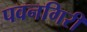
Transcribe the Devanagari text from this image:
पवनगिरी